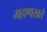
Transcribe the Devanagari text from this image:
गहाणखते